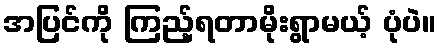
အပြင်ကို ကြည့်ရတာမိုးရွာမယ့် ပုံပဲ။